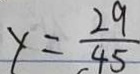
y = \frac { 2 9 } { 4 5 }